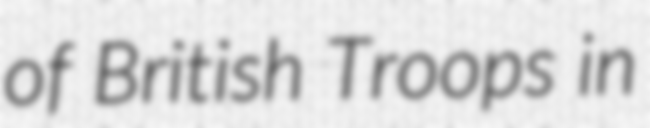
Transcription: of British Troops in